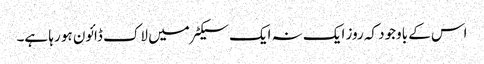
اس کے باوجود کہ روز ایک نہ ایک سیکٹر میں لاک ڈائون ہو رہا ہے۔